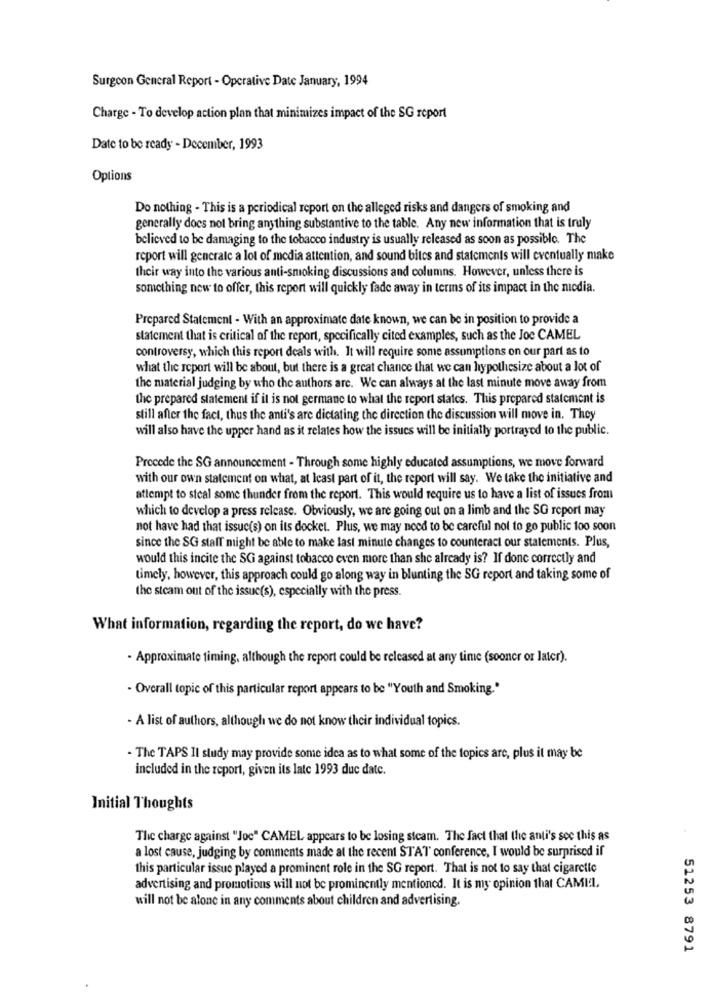
Surgeon General Report - Operative Date January, 1994
Charge - To develop action plan that minimizes impact of the SG report
Date to be ready - December, 1993
Options
Do nothing - This is a periodical report on the alleged risks and dangers of smoking and
generally does not bring anything substantive to the table. Any new information that is truly
believed to be damaging to the tobacco industry is usually released as soon as possible. The
report will generate a lot of media attention, and sound bites and statements will eventually make
their way into the various anti-smoking discussions and columns. However, unless there is
something new to offer, this report will quickly fade away in terms of its impact in the media.
Prepared Statement - With an approximate date known, we can be in position to provide a
statement that is critical of the report, specifically cited examples, such as the Joe CAMEL
controversy, which this report deals with. It will require some assumptions on our part as to
what the report will be about, but there is a great chance that we can hypothesize about a lot of
the material judging by who the authors are. We can always at the last minute move away from
the prepared statement if it is not germane to what the report states. This prepared statement is
still after the fact, thus the anti's are dictating the direction the discussion will move in. They
will also have the upper hand as it relates how the issues will be initially portrayed to the public.
Precede the SG announcement - Through some highly educated assumptions, we move forward
with our own statement on what, at least part of it, the report will say. We take the initiative and
attempt to steal some thunder from the report. This would require us to have a list of issues from
which to develop a press release. Obviously, we are going out on a limb and the SG report may
not have had that issuc(s) on its docket. Plus, we may need to be careful not to go public too soon
since the SG staff might be able to make last minute changes to counteract our statements. Plus,
would this incite the SG against tobacco even more than she already is? If donc correctly and
timely, however, this approach could go along way in blunting the SG report and taking some of
the steam out of the issue(s), especially with the press.
What information, regarding the report, do we have?
- Approximate timing, although the report could be released at any time (sooner or later).
- Overall topic of this particular report appears to be "Youth and Smoking."
- A list of authors, although we do not know their individual topics.
- The TAPS Il study may provide some idea as to what some of the topics are, plus it may be
included in the report, given its late 1993 due date.
Initial Thoughts
The charge against "Joc" CAMEL appears to be losing steam. The fact that the anti's see this as
a lost cause, judging by comments made at the recent STAT conference, I would be surprised if
this particular issue played a prominent role in the SG report. That is not to say that cigarette
advertising and promotions will not be prominently mentioned. It is my opinion that CAMII.
will not be alone in any comments about children and advertising.
51253 8791